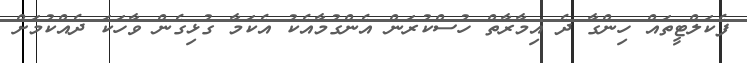
ފެކަލްޓީތައް ހިންގާ ދެ އިމާރާތް ހުސްކުރަން އެންގުމާއެކު އެކަމާ ގުޅިގެން ވާހަކަ ދެއްކުމަށް